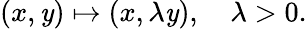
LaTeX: (x,\mathit{y})\mapsto(x,\lambda\mathit{y}),\quad\lambda>0.